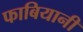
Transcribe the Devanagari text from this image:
फाबियानी